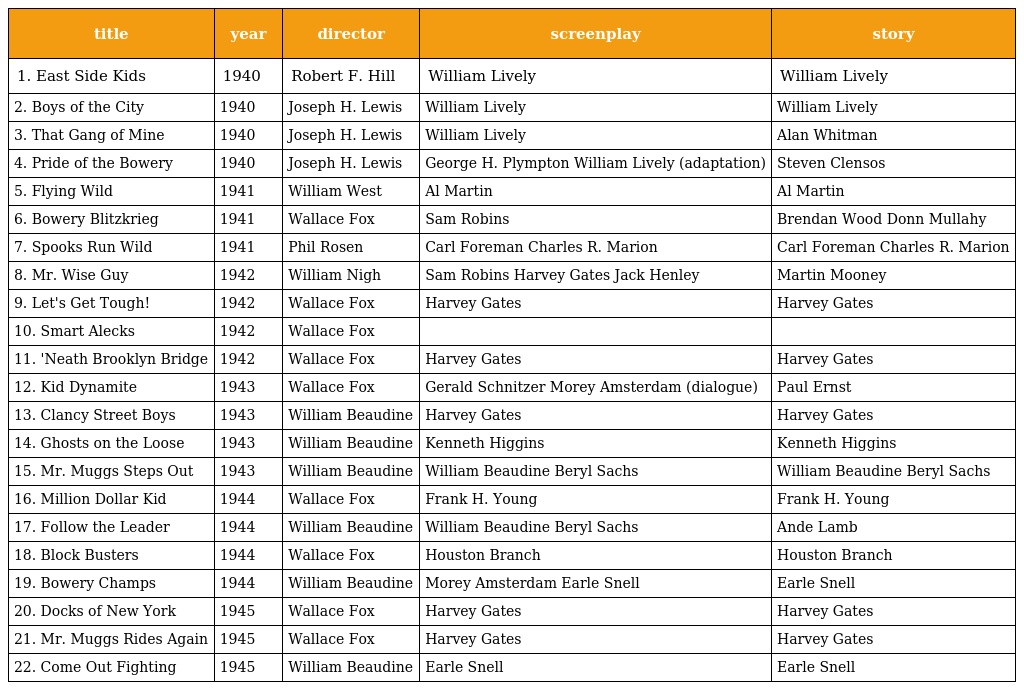
| title | year | director | screenplay | story |
 | --- | --- | --- | --- | --- |
 | 1. East Side Kids | 1940 | Robert F. Hill | William Lively | William Lively |
 | 2. Boys of the City | 1940 | Joseph H. Lewis | William Lively | William Lively |
 | 3. That Gang of Mine | 1940 | Joseph H. Lewis | William Lively | Alan Whitman |
 | 4. Pride of the Bowery | 1940 | Joseph H. Lewis | George H. Plympton William Lively (adaptation) | Steven Clensos |
 | 5. Flying Wild | 1941 | William West | Al Martin | Al Martin |
 | 6. Bowery Blitzkrieg | 1941 | Wallace Fox | Sam Robins | Brendan Wood Donn Mullahy |
 | 7. Spooks Run Wild | 1941 | Phil Rosen | Carl Foreman Charles R. Marion | Carl Foreman Charles R. Marion |
 | 8. Mr. Wise Guy | 1942 | William Nigh | Sam Robins Harvey Gates Jack Henley | Martin Mooney |
 | 9. Let's Get Tough! | 1942 | Wallace Fox | Harvey Gates | Harvey Gates |
 | 10. Smart Alecks | 1942 | Wallace Fox |  |  |
 | 11. 'Neath Brooklyn Bridge | 1942 | Wallace Fox | Harvey Gates | Harvey Gates |
 | 12. Kid Dynamite | 1943 | Wallace Fox | Gerald Schnitzer Morey Amsterdam (dialogue) | Paul Ernst |
 | 13. Clancy Street Boys | 1943 | William Beaudine | Harvey Gates | Harvey Gates |
 | 14. Ghosts on the Loose | 1943 | William Beaudine | Kenneth Higgins | Kenneth Higgins |
 | 15. Mr. Muggs Steps Out | 1943 | William Beaudine | William Beaudine Beryl Sachs | William Beaudine Beryl Sachs |
 | 16. Million Dollar Kid | 1944 | Wallace Fox | Frank H. Young | Frank H. Young |
 | 17. Follow the Leader | 1944 | William Beaudine | William Beaudine Beryl Sachs | Ande Lamb |
 | 18. Block Busters | 1944 | Wallace Fox | Houston Branch | Houston Branch |
 | 19. Bowery Champs | 1944 | William Beaudine | Morey Amsterdam Earle Snell | Earle Snell |
 | 20. Docks of New York | 1945 | Wallace Fox | Harvey Gates | Harvey Gates |
 | 21. Mr. Muggs Rides Again | 1945 | Wallace Fox | Harvey Gates | Harvey Gates |
 | 22. Come Out Fighting | 1945 | William Beaudine | Earle Snell | Earle Snell |